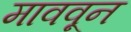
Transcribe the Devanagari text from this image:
माववून